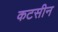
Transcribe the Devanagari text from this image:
कटसीन